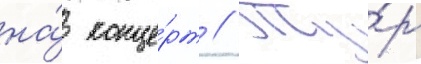
на́ конце́рт // Ту́р